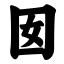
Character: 囡